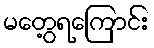
မတွေ့ရကြောင်း